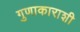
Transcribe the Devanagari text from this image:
गुणाकाराशी